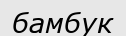
бамбук